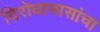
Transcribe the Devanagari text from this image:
विरोधाभासांचा